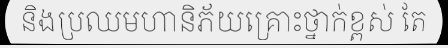
និងប្រឈមហានិភ័យគ្រោះថ្នាក់ខ្ពស់ តែ